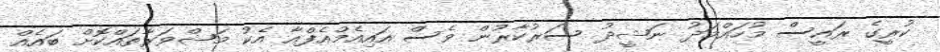
ކުރީގެ ރައީސް މުހައްމަދު ނަޝީދު ސަރުކާރުން ވެސް އައިއެމްއެފްއާ އެކު މަޝްވަރާތައްކޮށް ބައެއް